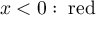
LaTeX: x < 0 : \; { \mathrm { r e d } }